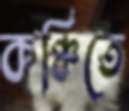
কঞ্চিতে